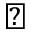
\perp